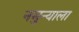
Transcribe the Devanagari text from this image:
नमुन्याला